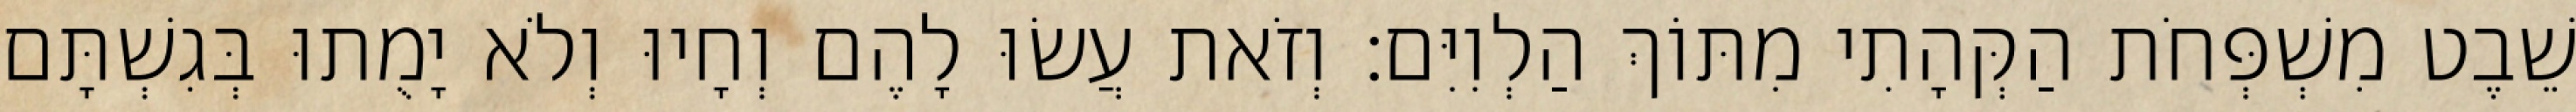
שֵׁבֶט מִשְׁפְּחֹת הַקְּהָתִי מִתּוֹךְ הַלְוִיִּם׃ וְזֹאת עֲשׂוּ לָהֶם וְחָיוּ וְלֹא יָמֻתוּ בְּגִשְׁתָּם